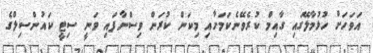
އަވަހަށް ހުޅުމާލޭގައި ގާއިމް ކުރެވޭނެކަމަށާއި މިކަން ކުރަން ވިސްނާފައި ވަނީ ސިޓީ ކައުންސިލްގެ